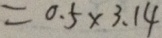
= 0 . 5 \times 3 . 1 4